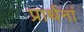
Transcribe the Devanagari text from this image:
प्रार्थनां